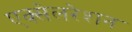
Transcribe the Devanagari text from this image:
एक्‍सेलरेशन